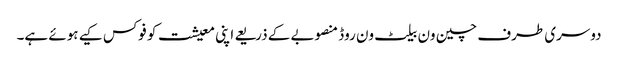
دوسری طرف چین ون بیلٹ ون روڈ منصوبے کے ذریعے اپنی معیشت کو فوکس کیے ہوئے ہے۔